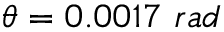
\theta = 0 . 0 0 1 7 ~ r a d